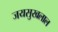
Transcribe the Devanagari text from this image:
जयसुखलाल